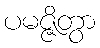
ပမဇ္ဇိတွာ